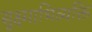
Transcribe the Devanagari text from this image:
सूक्ष्माभिव्यक्ति